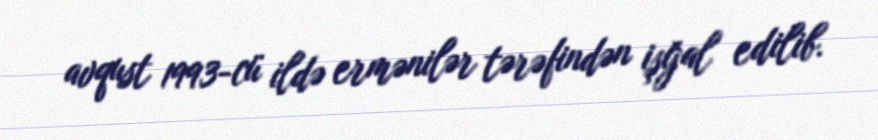
avqust 1993-cü ildə ermənilər tərəfindən işğal edilib.